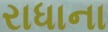
રાધાના